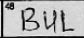
Transcription: BUL